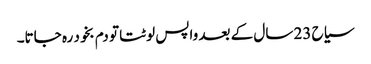
سیاح 23 سال کے بعد واپس لوٹتا تو دم بخود رہ جاتا۔